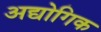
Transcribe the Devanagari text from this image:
अद्योगिक